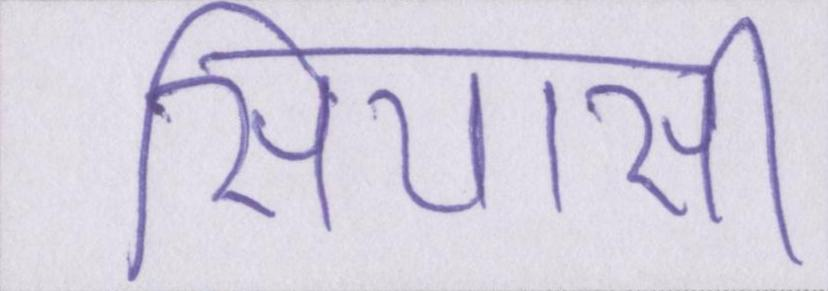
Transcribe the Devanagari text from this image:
सियासी